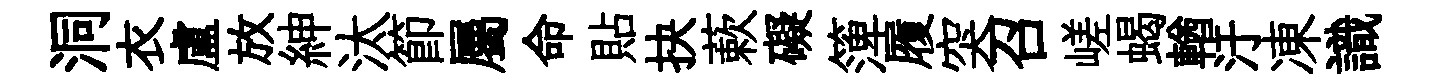
洞衣盧放紳汰節屬命貼抉蔌礙𥱼履突召嵯蝎輶汙凍識